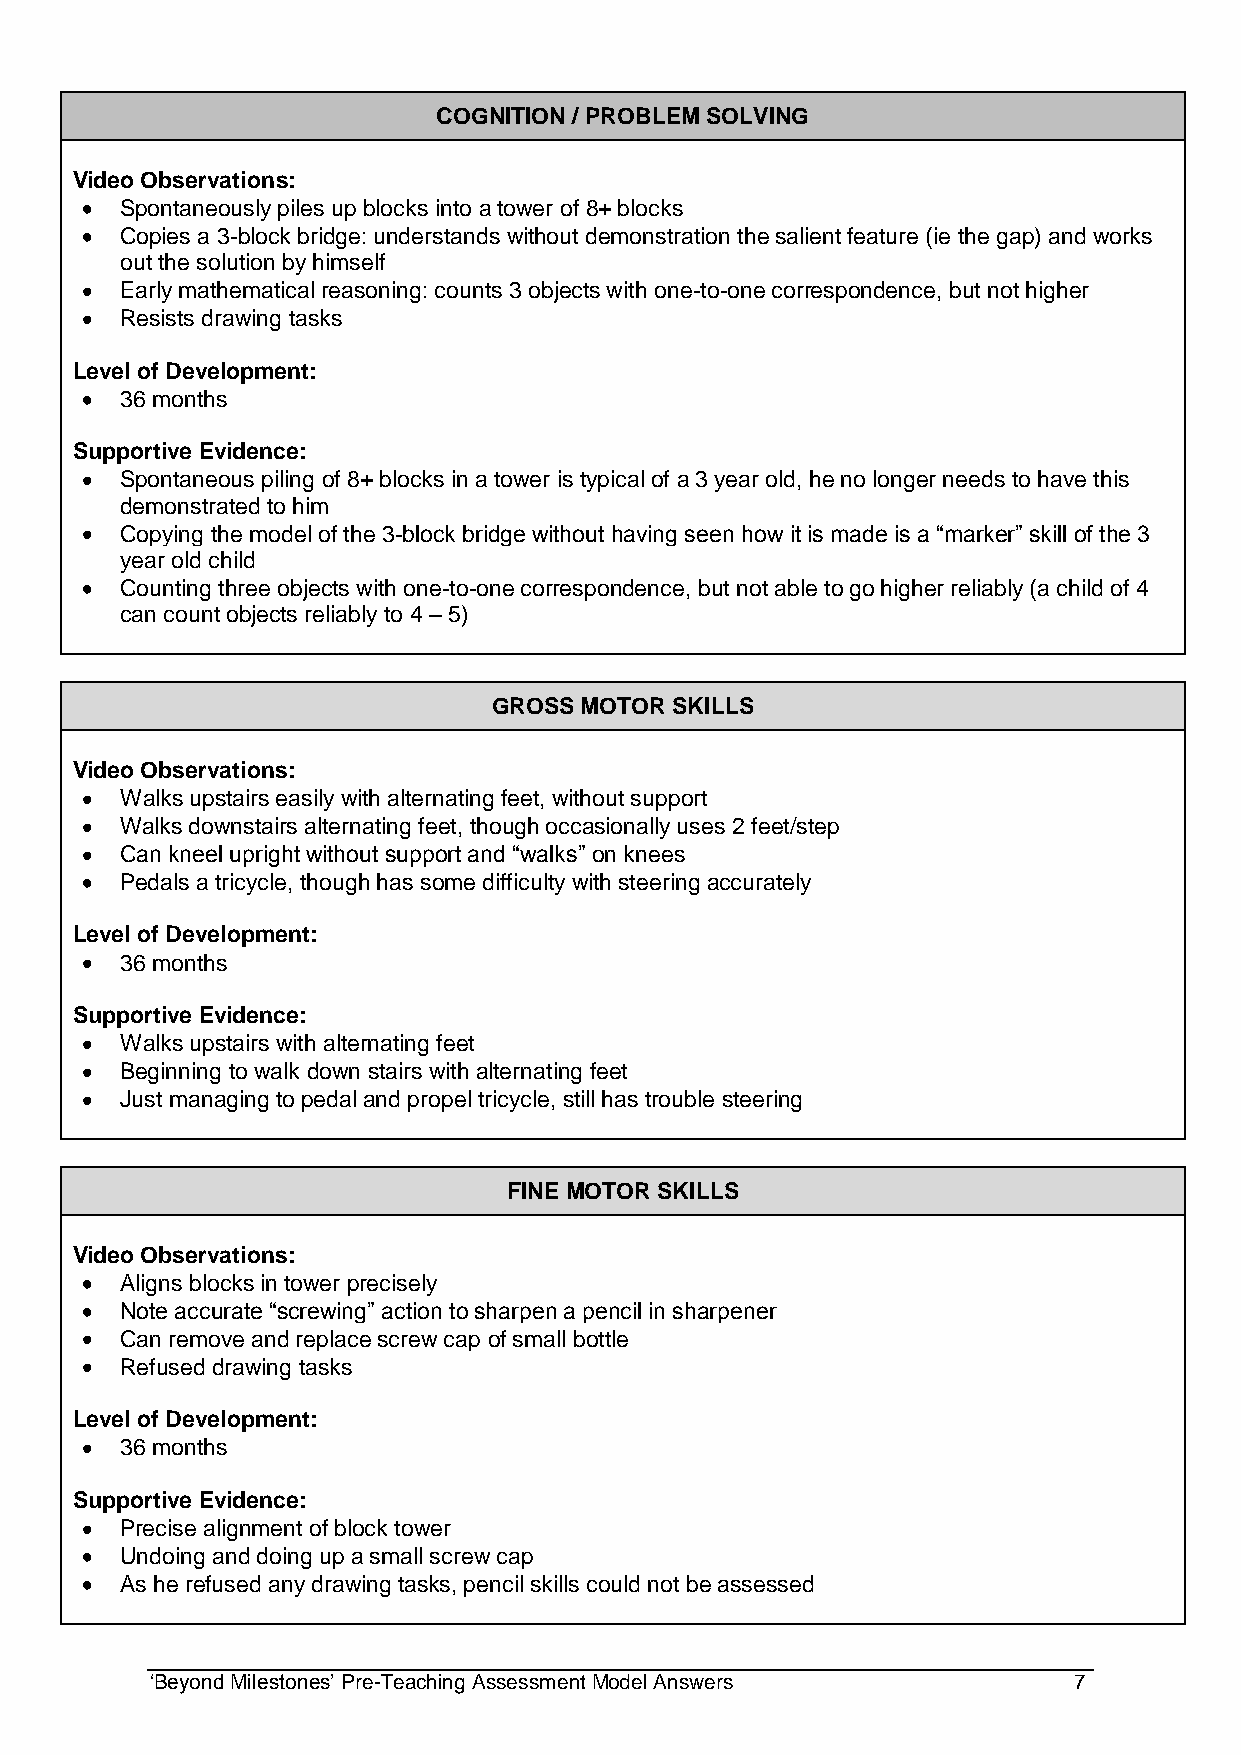
COGNITION / PROBLEM SOLVING
 Video Observations:
 Spontaneously piles up blocks into a tower of 8+ blocks
 Copies a 3-block bridge: understands without demonstration the salient feature (ie the gap) and works
 out the solution by himself
 Early mathematical reasoning: counts 3 objects with one-to-one correspondence, but not higher
 Resists drawing tasks
 Level of Development:
 36 months
 Supportive Evidence:
 Spontaneous piling of 8+ blocks in a tower is typical of a 3 year old, he no longer needs to have this
 demonstrated to him
 Copying the model of the 3-block bridge without having seen how it is made is a “marker” skill of the 3
 year old child
 Counting three objects with one-to-one correspondence, but not able to go higher reliably (a child of 4
 can count objects reliably to 4 – 5)
 GROSS MOTOR SKILLS
 Video Observations:
 Walks upstairs easily with alternating feet, without support
 Walks downstairs alternating feet, though occasionally uses 2 feet/step
 Can kneel upright without support and “walks” on knees
 Pedals a tricycle, though has some difficulty with steering accurately
 Level of Development:
 36 months
 Supportive Evidence:
 Walks upstairs with alternating feet
 Beginning to walk down stairs with alternating feet
 Just managing to pedal and propel tricycle, still has trouble steering
 FINE MOTOR SKILLS
 Video Observations:
 Aligns blocks in tower precisely
 Note accurate “screwing” action to sharpen a pencil in sharpener
 Can remove and replace screw cap of small bottle
 Refused drawing tasks
 Level of Development:
 36 months
 Supportive Evidence:
 Precise alignment of block tower
 Undoing and doing up a small screw cap
 As he refused any drawing tasks, pencil skills could not be assessed
 „Beyond Milestones‟ Pre-Teaching Assessment Model Answers    7